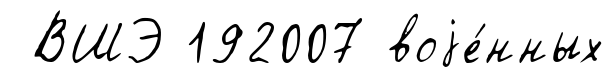
ВШЭ 192007 воjе́нных